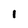
Character: 1